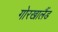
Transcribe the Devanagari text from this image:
गोरखालैंड